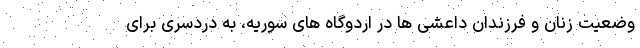
وضعیت زنان و فرزندان داعشی ها در اردوگاه های سوریه، به دردسری برای